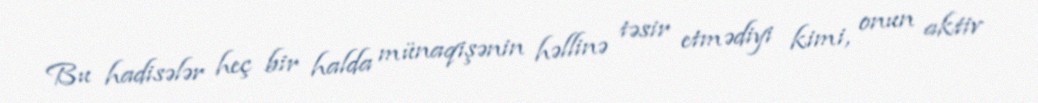
Bu hadisələr heç bir halda münaqişənin həllinə təsir etmədiyi kimi, onun aktiv